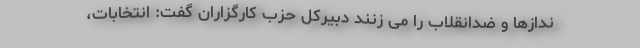
ندازها و ضدانقلاب را می زنند دبیرکل حزب کارگزاران گفت: انتخابات،